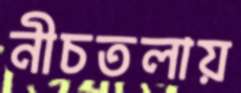
নীচতলায়